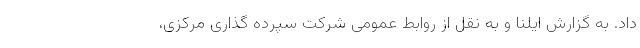
داد. به گزارش ایلنا و به نقل از روابط عمومی شرکت سپرده گذاری مرکزی،